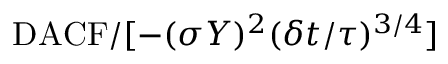
\mathrm { D A C F } / [ - ( \sigma Y ) ^ { 2 } ( \delta t / \tau ) ^ { 3 / 4 } ]